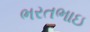
ભરતભાઇ